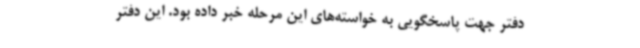
دفتر جهت پاسخگویی به خواسته‌های این مرحله خبر داده بود. این دفتر